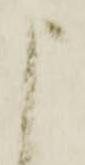
申